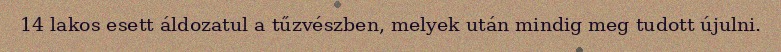
14 lakos esett áldozatul a tűzvészben, melyek után mindig meg tudott újulni.